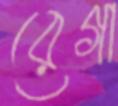
রেগা